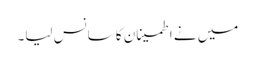
میں نے اطمینان کا سانس لیا۔